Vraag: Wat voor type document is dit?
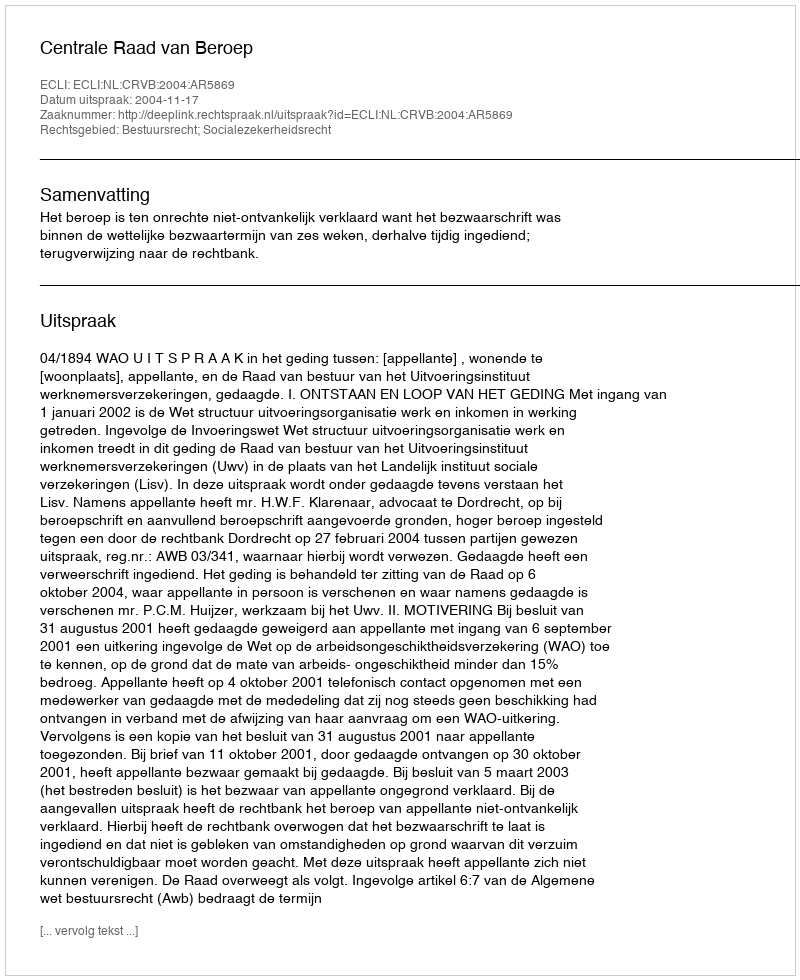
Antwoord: Uitspraak